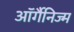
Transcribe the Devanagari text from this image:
ऑर्गैनिज्म